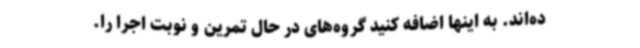
ده‌اند. به اینها اضافه کنید گروه‌های در حال تمرین و نوبت اجرا را.